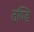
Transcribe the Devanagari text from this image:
ठण्डि